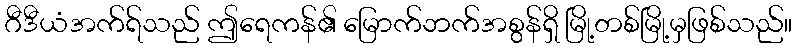
ဂီဒီယံအက်ရ်သည် ဤရေကန်၏ မြောက်ဘက်အစွန်ရှိ မြို့တစ်မြို့မှဖြစ်သည်။